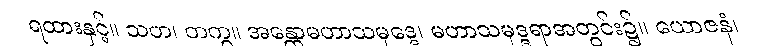
ရထားနှင့်။ သဟ၊ တကွ။ အန္တောမဟာသမုဒ္ဒေ၊ မဟာသမုဒ္ဒရာအတွင်း၌။ ယောဇနံ၊